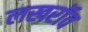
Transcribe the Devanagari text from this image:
लखरॉव